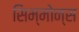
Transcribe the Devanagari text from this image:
सिम्मोन्स